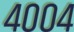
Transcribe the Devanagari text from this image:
४००४